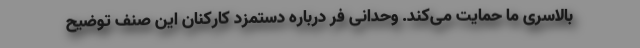
بالاسری ما حمایت می‌کند. وحدانی فر درباره دستمزد کارکنان این صنف توضیح